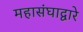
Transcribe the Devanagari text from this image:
महासंघाद्वारे